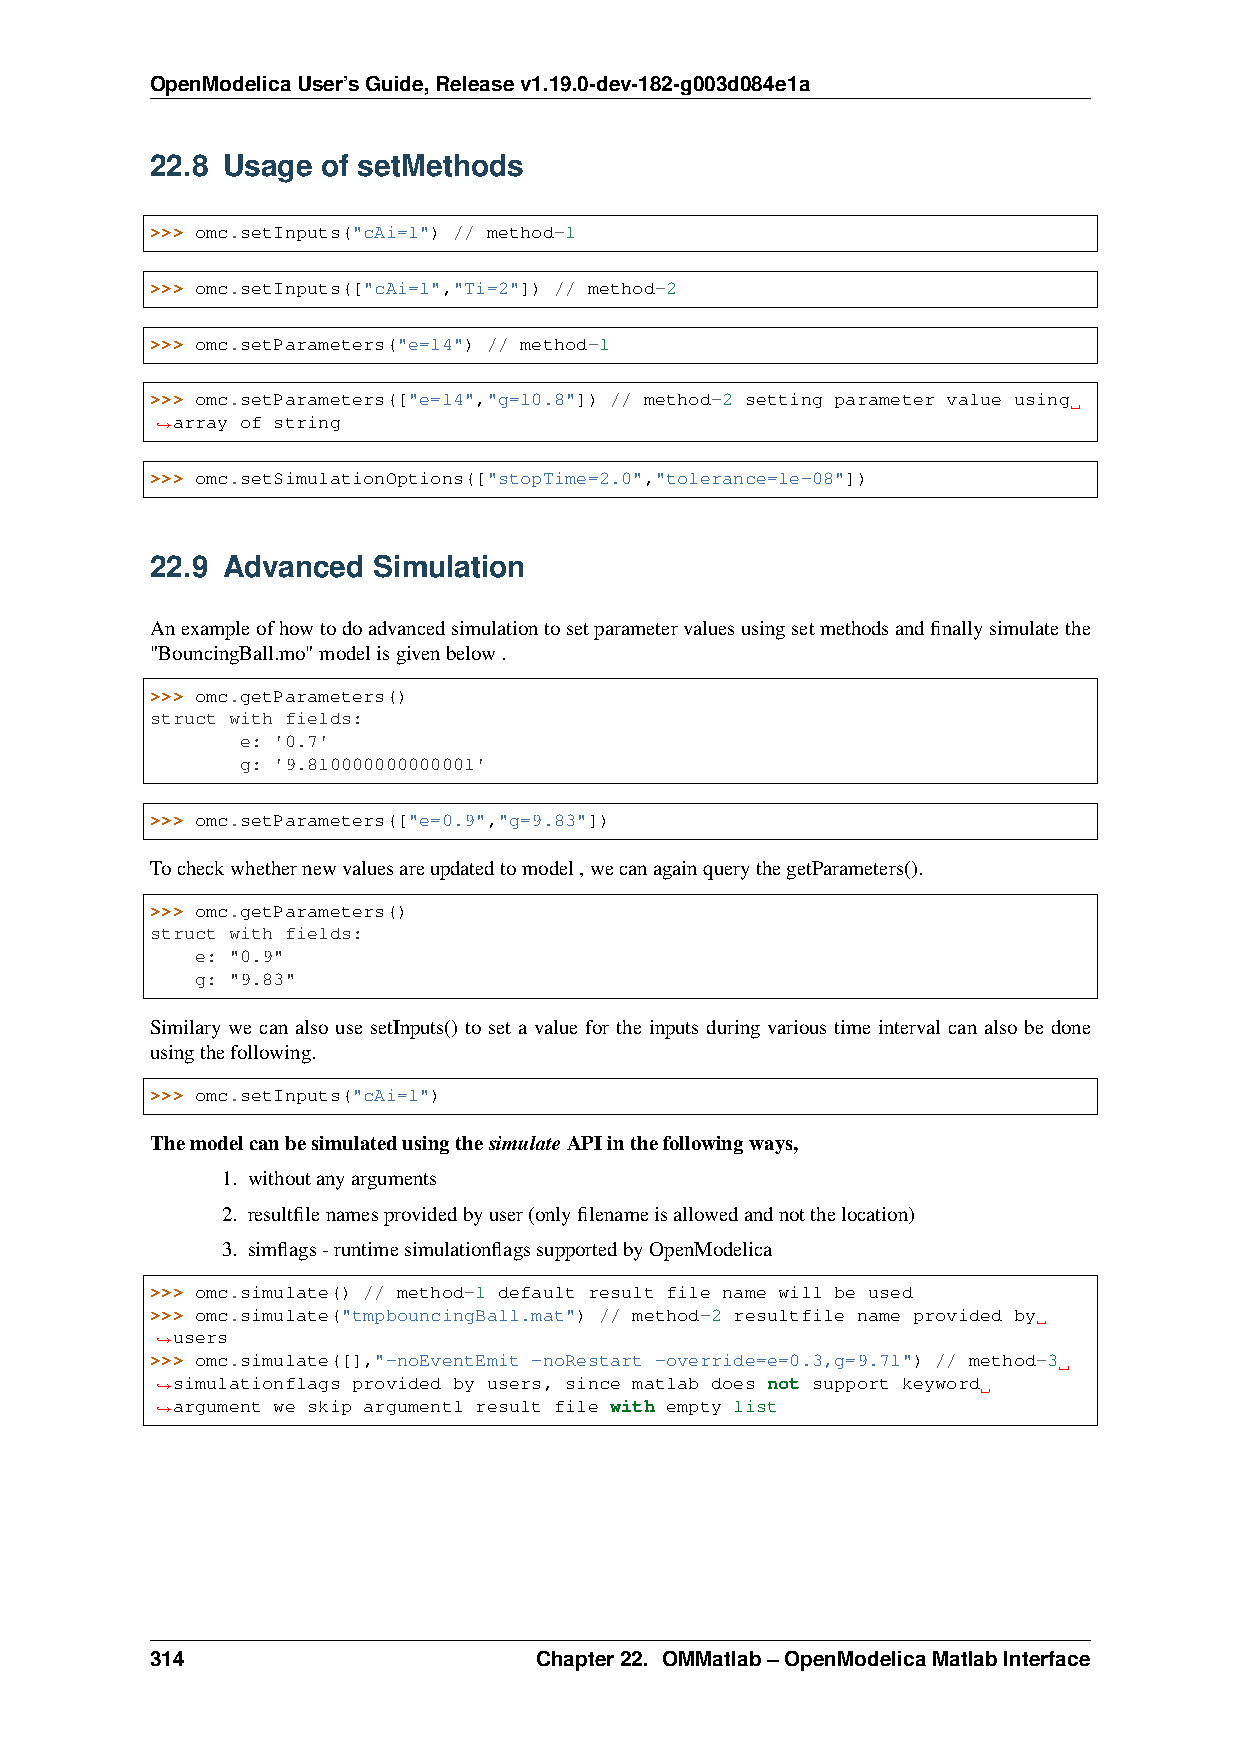
OpenModelicaUser’sGuide,Releasev1.19.0-dev-182-g003d084e1a
 22.8 Usage of setMethods
 >>> omc.setInputs("cAi=1") // method-1
 >>> omc.setInputs(["cAi=1","Ti=2"]) // method-2
 >>> omc.setParameters("e=14") // method-1
 >>> omc.setParameters(["e=14","g=10.8"]) // method-2 setting parameter value using
 array of string
 ˓→
 >>> omc.setSimulationOptions(["stopTime=2.0","tolerance=1e-08"])
 22.9 Advanced  Simulation
 Anexampleofhowtodoadvancedsimulationtosetparametervaluesusingsetmethodsandfinallysimulatethe
 "BouncingBall.mo"modelisgivenbelow.
 >>> omc.getParameters()
 struct with fields:
 e: '0.7'
 g: '9.810000000000001'
 >>> omc.setParameters(["e=0.9","g=9.83"])
 Tocheckwhethernewvaluesareupdatedtomodel,wecanagainquerythegetParameters().
 >>> omc.getParameters()
 struct with fields:
 e: "0.9"
 g: "9.83"
 Similary we can also use setInputs() to set a value for the inputs during various time interval can also be done
 usingthefollowing.
 >>> omc.setInputs("cAi=1")
 ThemodelcanbesimulatedusingthesimulateAPIinthefollowingways,
 1. withoutanyarguments
 2. resultfilenamesprovidedbyuser(onlyfilenameisallowedandnotthelocation)
 3. simflags-runtimesimulationflagssupportedbyOpenModelica
 >>> omc.simulate() // method-1 default result file name will be used
 >>> omc.simulate("tmpbouncingBall.mat") // method-2 resultfile name provided by
 users
 ˓→
 >>> omc.simulate([],"-noEventEmit -noRestart -override=e=0.3,g=9.71") // method-3
 simulationflags provided by users, since matlab does not support keyword
 ˓→
 argument we skip argument1 result file with empty list
 ˓→
 314                       Chapter22. OMMatlab–OpenModelicaMatlabInterface